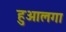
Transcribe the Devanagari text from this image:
हुआलगा